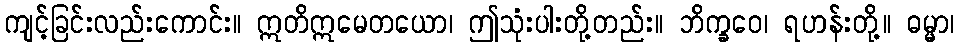
ကျင့်ခြင်းလည်းကောင်း။ ဣတိဣမေတယော၊ ဤသုံးပါးတို့တည်း။ ဘိက္ခဝေ၊ ရဟန်းတို့။ ဓမ္မာ၊